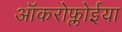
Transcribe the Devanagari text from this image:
ऑकरोफ्लोईया